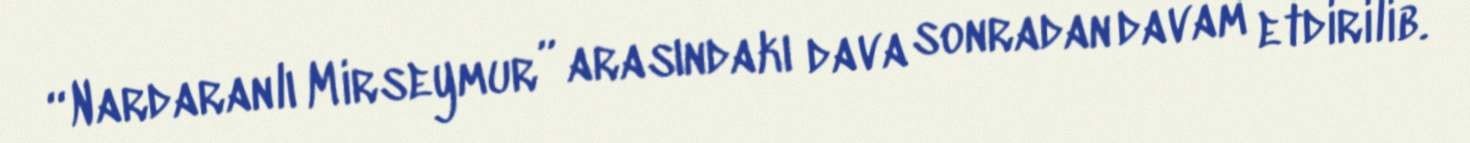
“Nardaranlı Mirseymur” arasındakı dava sonradan davam etdirilib.